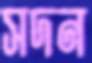
সদন